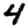
Digit: 4